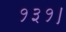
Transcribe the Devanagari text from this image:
१३१।